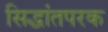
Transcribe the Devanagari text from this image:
सिद्धांतपरक